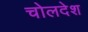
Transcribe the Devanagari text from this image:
चोलदेश